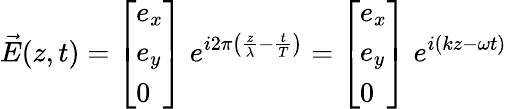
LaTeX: {\vec{E}}(z,t)={\left[\begin{array}{l}{e_{x}}\\ {e_{y}}\\ {0}\end{array}\right]}\; e^{i2\pi\left({\frac{z}{\lambda}}-{\frac{t}{T}}\right)}={\left[\begin{array}{l}{e_{x}}\\ {e_{y}}\\ {0}\end{array}\right]}\; e^{i(kz-\omega t)}